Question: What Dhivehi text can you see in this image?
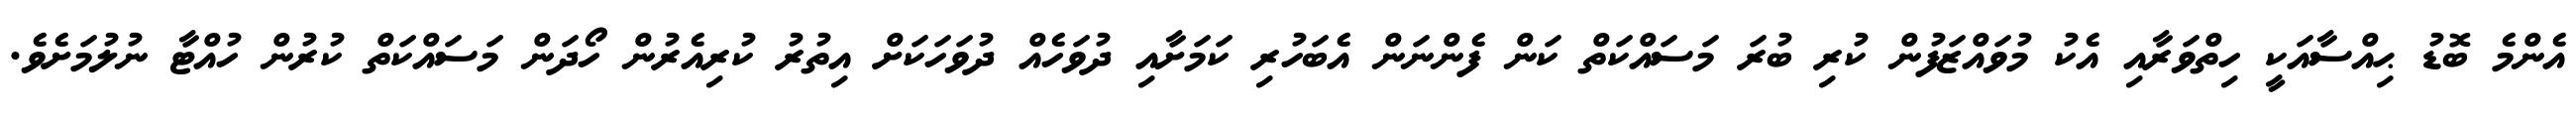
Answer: އެންމެ ބޮޑު ޙިއްސާއަކީ ހިތްވަރާއި އެކު މުވައްޒަފުން ކުރި ބުރަ މަސައްކަތް ކަން ފެންނަން އެބަހުރި ކަމަށާއި ދުވަހެއް ދުވަހަކަށް އިތުރު ކުރިއެރުން ހޯދަން މަސައްކަތް ކުރުން ހުއްޓާ ނުލުމަށެވެ.